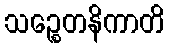
သဉ္စေတနိကာတိ